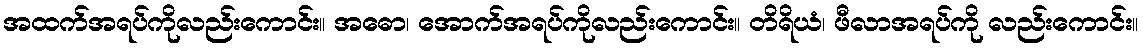
အထက်အရပ်ကိုလည်းကောင်း။ အဓော၊ အောက်အရပ်ကိုလည်းကောင်း။ တိရိယံ၊ ဖီလာအရပ်ကို လည်းကောင်း။